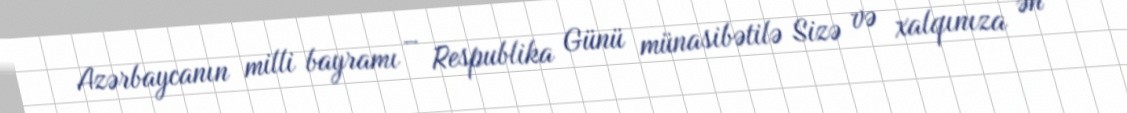
Azərbaycanın milli bayramı – Respublika Günü münasibətilə Sizə və xalqınıza ən